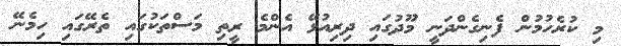
މި ކުރެހުމުން ފެނިގެންދަނީ މޫދުގައި ދިރިއުޅޭ އެންމެ ރީތި މަސްތަކުގައި ތެރޭގައި ހިމެނޭ